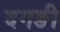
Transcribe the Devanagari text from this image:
दगङी